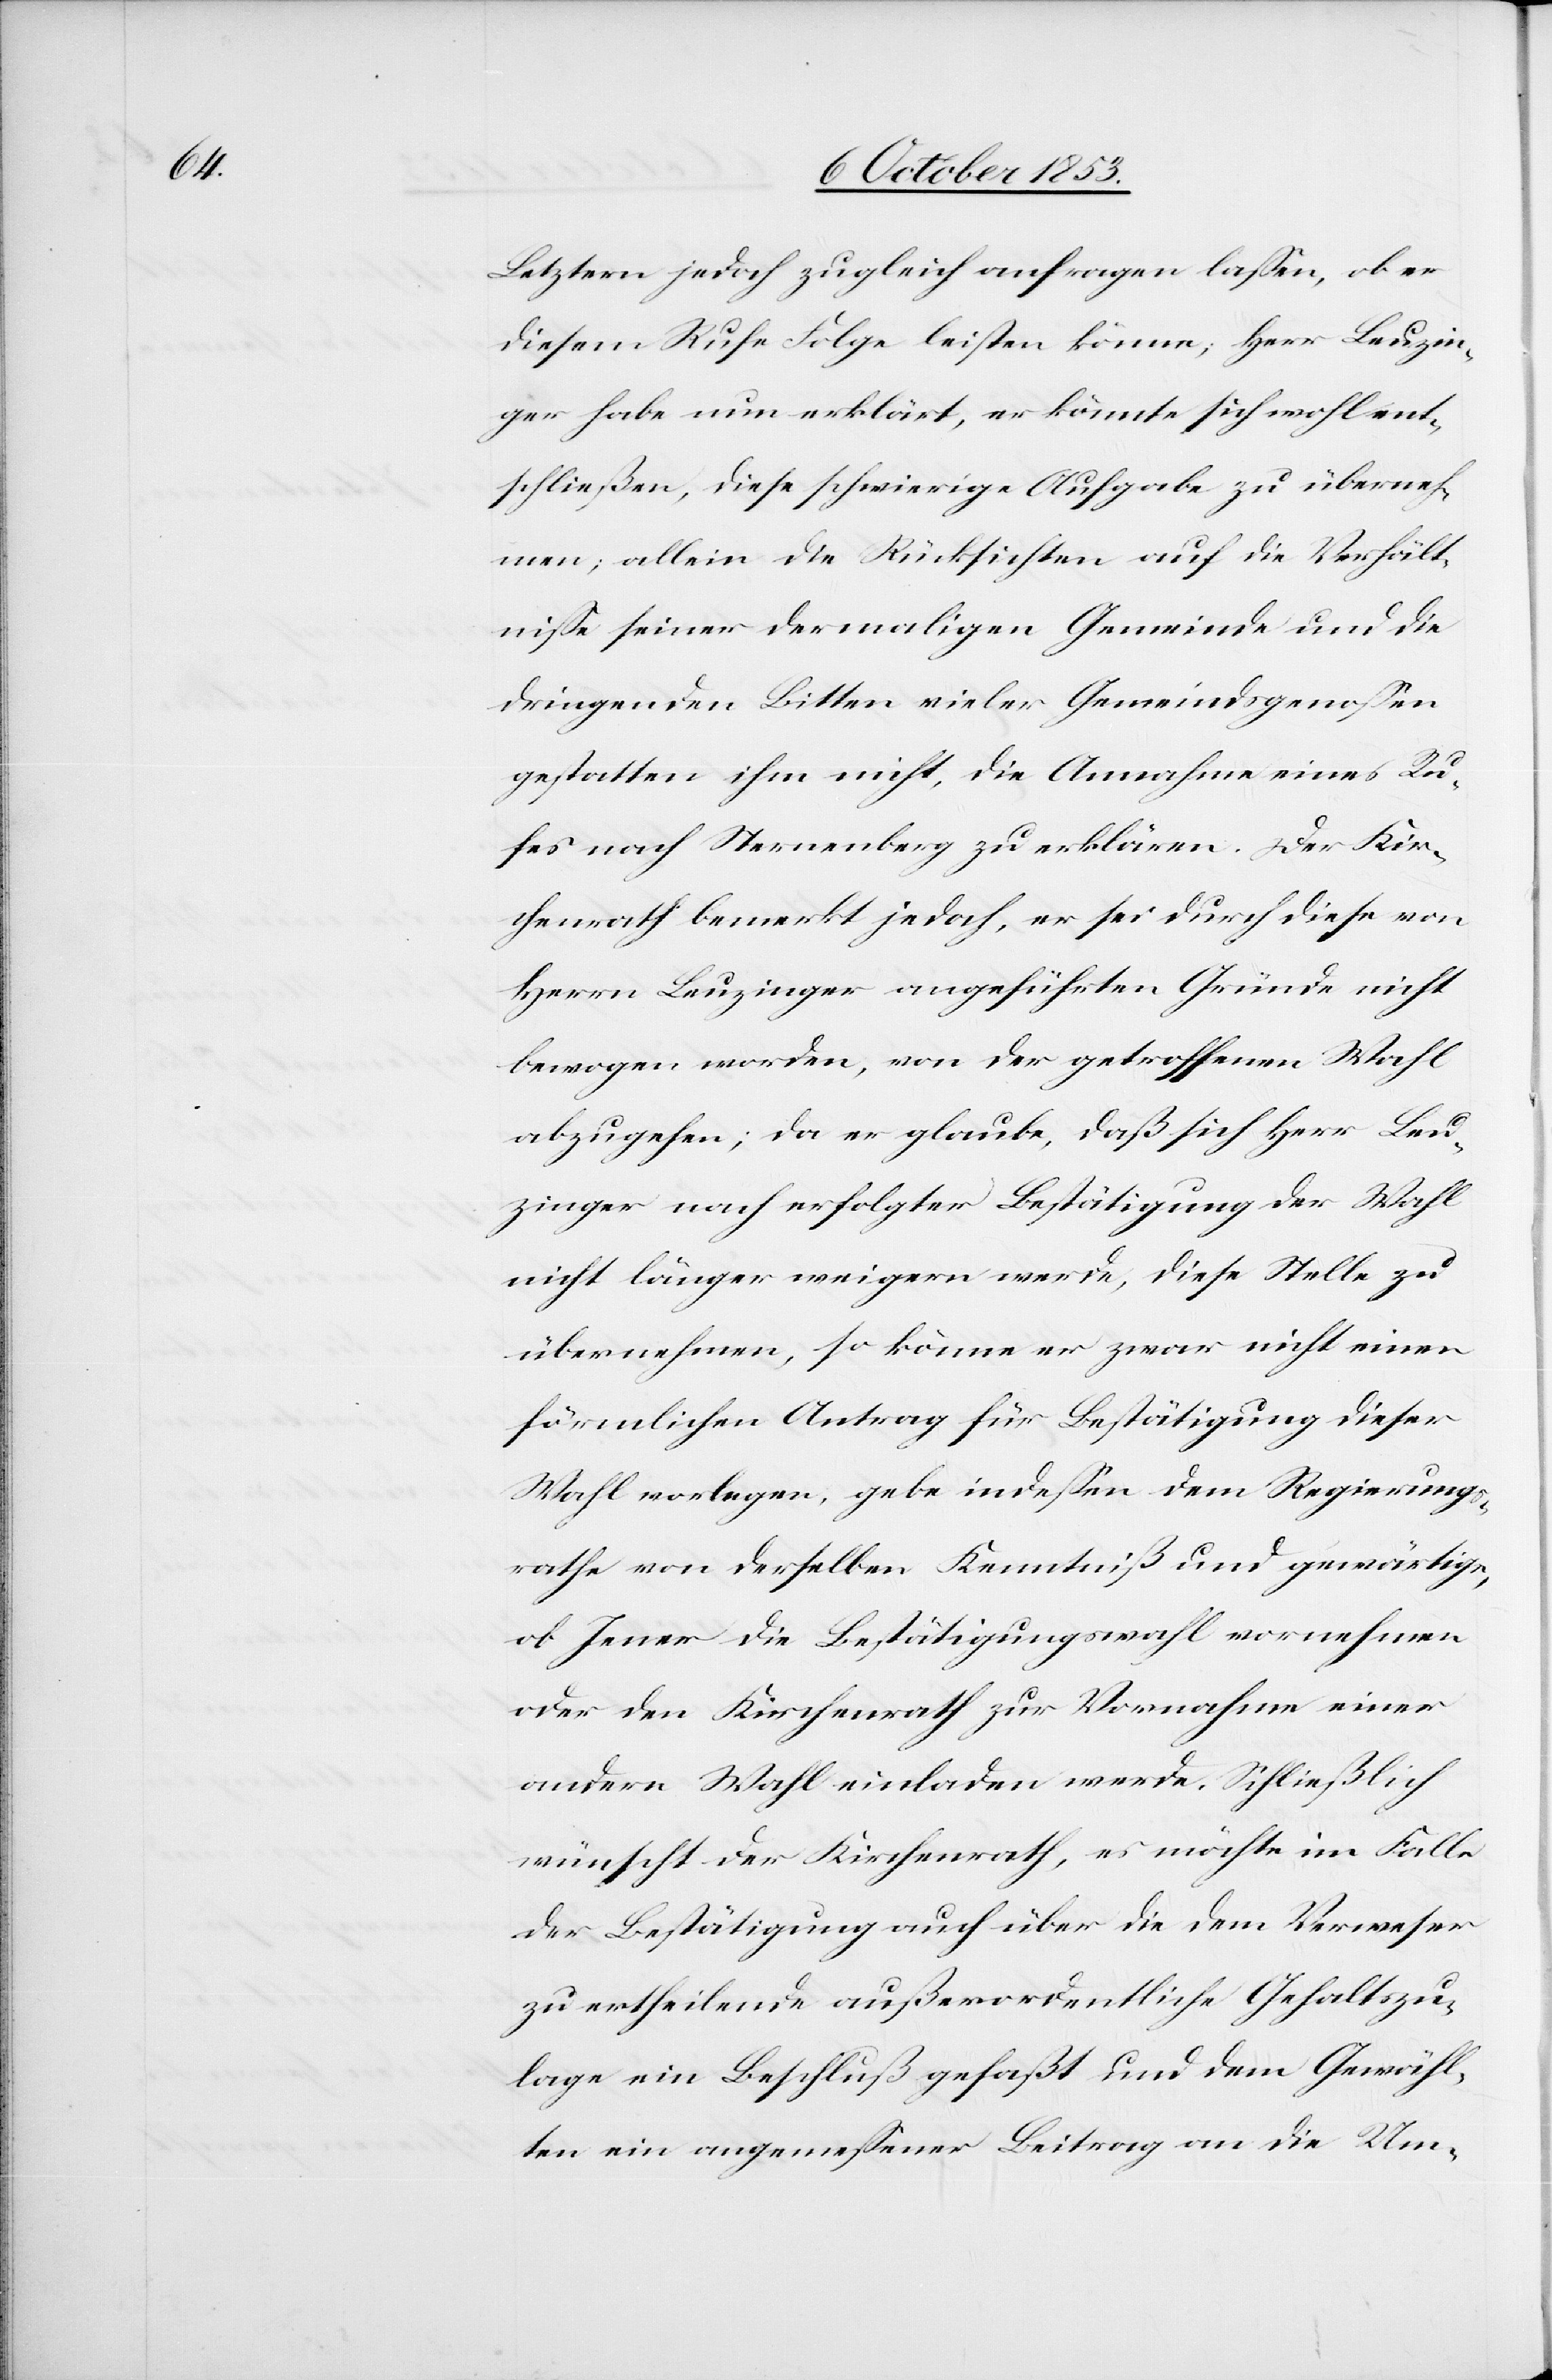
Letztern jedoch zugleich anfragen laßen, ob er
diesem Rufe Folge leisten könne; Herr Beuzin¬
ger habe nun erklärt, er könnte sich wohl ent¬
schließen, diese schwierige Aufgabe zu überneh¬
men; allein die Rücksichten auf die Verhält¬
niße seiner dermaligen Gemeinde und die
dringenden Bitten vieler Gemeindsgenoßen
gestatten ihm nicht, die Annahme eines Ru¬
fes nach Sternenberg zu erklären. Der Kir¬
chenrath bemerkt jedoch, er sei durch diese von
Herrn Beuzinger angeführten Gründe nicht
bewogen worden, von der getroffenen Wahl
abzugehen; da er glaube, daß sich Herr Beu¬
zinger nach erfolgter Bestätigung der Wahl
nicht länger weigern werde, diese Stelle zu
übernehmen, so könne er zwar nicht einen
förmlichen Antrag für Bestätigung dieser
Wahl vorlegen, gebe indeßen dem Regierungs¬
rathe von derselben Kenntniß und gewärtige,
ob Jener die Bestätigungswahl vornehmen
oder den Kirchenrath zur Vornahme einer
andern Wahl einladen werde. Schließlich
wünscht der Kirchenrath, es möchte im Falle
der Bestätigung auch über die dem Verweser
zu ertheilende außerordentliche Gehaltszu¬
lage ein Beschluß gefaßt und dem Gewähl¬
ten ein angemeßener Beitrag an die Um-